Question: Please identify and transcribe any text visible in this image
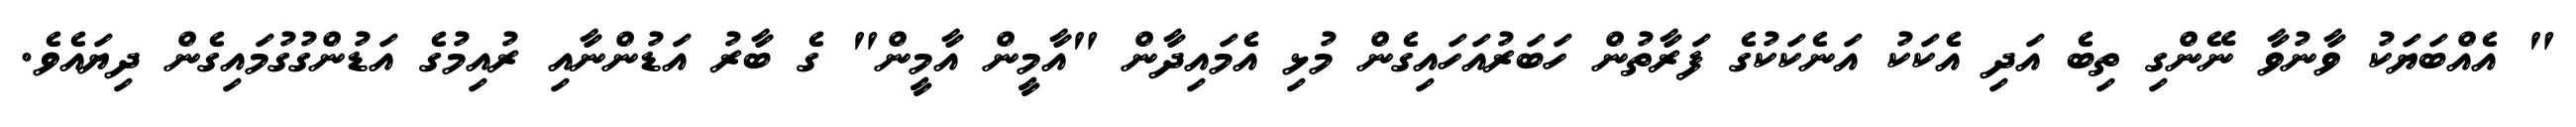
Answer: " އެއްބަޔަކު ވާނުވާ ނޭންގި ތިބެ އަދި އެކަކު އަނެކަކުގެ ފަރާތުން ހަބަރުއަހައިގެން މުޅި އެމައިދާން "އާމީން އާމީން" ގެ ބާރު އަޑުންނާއި ރުއިމުގެ އަޑުންގުގުމައިގެން ދިޔައެވެ.